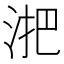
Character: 𬇫